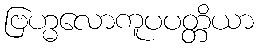
ဗြဟ္မလောကူပပတ္တိယာ